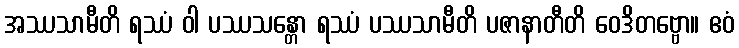
အဿသာမီတိ ရဿံ ဝါ ပဿသန္တော ရဿံ ပဿသာမီတိ ပဇာနာတီတိ ဝေဒိတဗ္ဗော။ ဧဝံ